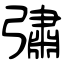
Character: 彇